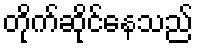
တိုက်ဆိုင်နေသည်